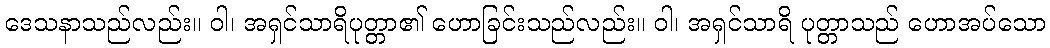
ဒေသနာသည်လည်း။ ဝါ၊ အရှင်သာရိပုတ္တာ၏ ဟောခြင်းသည်လည်း။ ဝါ၊ အရှင်သာရိ ပုတ္တာသည် ဟောအပ်သော